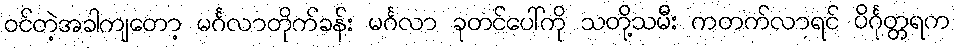
ဝင်တဲ့အခါကျတော့ မင်္ဂလာတိုက်ခန်း မင်္ဂလာ ခုတင်ပေါ်ကို သတို့သမီး ကတက်လာရင် ပိင်္ဂုတ္တရက